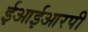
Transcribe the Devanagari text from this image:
ईआईआरपी